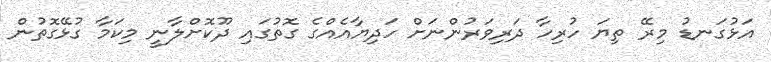
އަޅުގަނޑު މިރޭ ތިޔަ ހުރިހާ ދަރިވަރުންނަށް ހަދިޔާއެއްގެ ގޮތުގައި ދޫކޮށްލާނީ މިކަމާ ގުޅޭގޮތުން